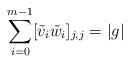
LaTeX: \begin{align*}\sum_{i=0}^{m-1}[\tilde{v}_i \tilde{w}_i]_{j,j}=|g|\end{align*}